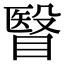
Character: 瞖